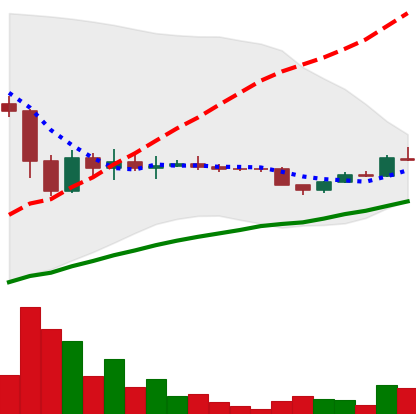
Ticker: DOGE-USD
Chart end date: 2022-11-26
Forward return: 14.155%
Label: up_7plus